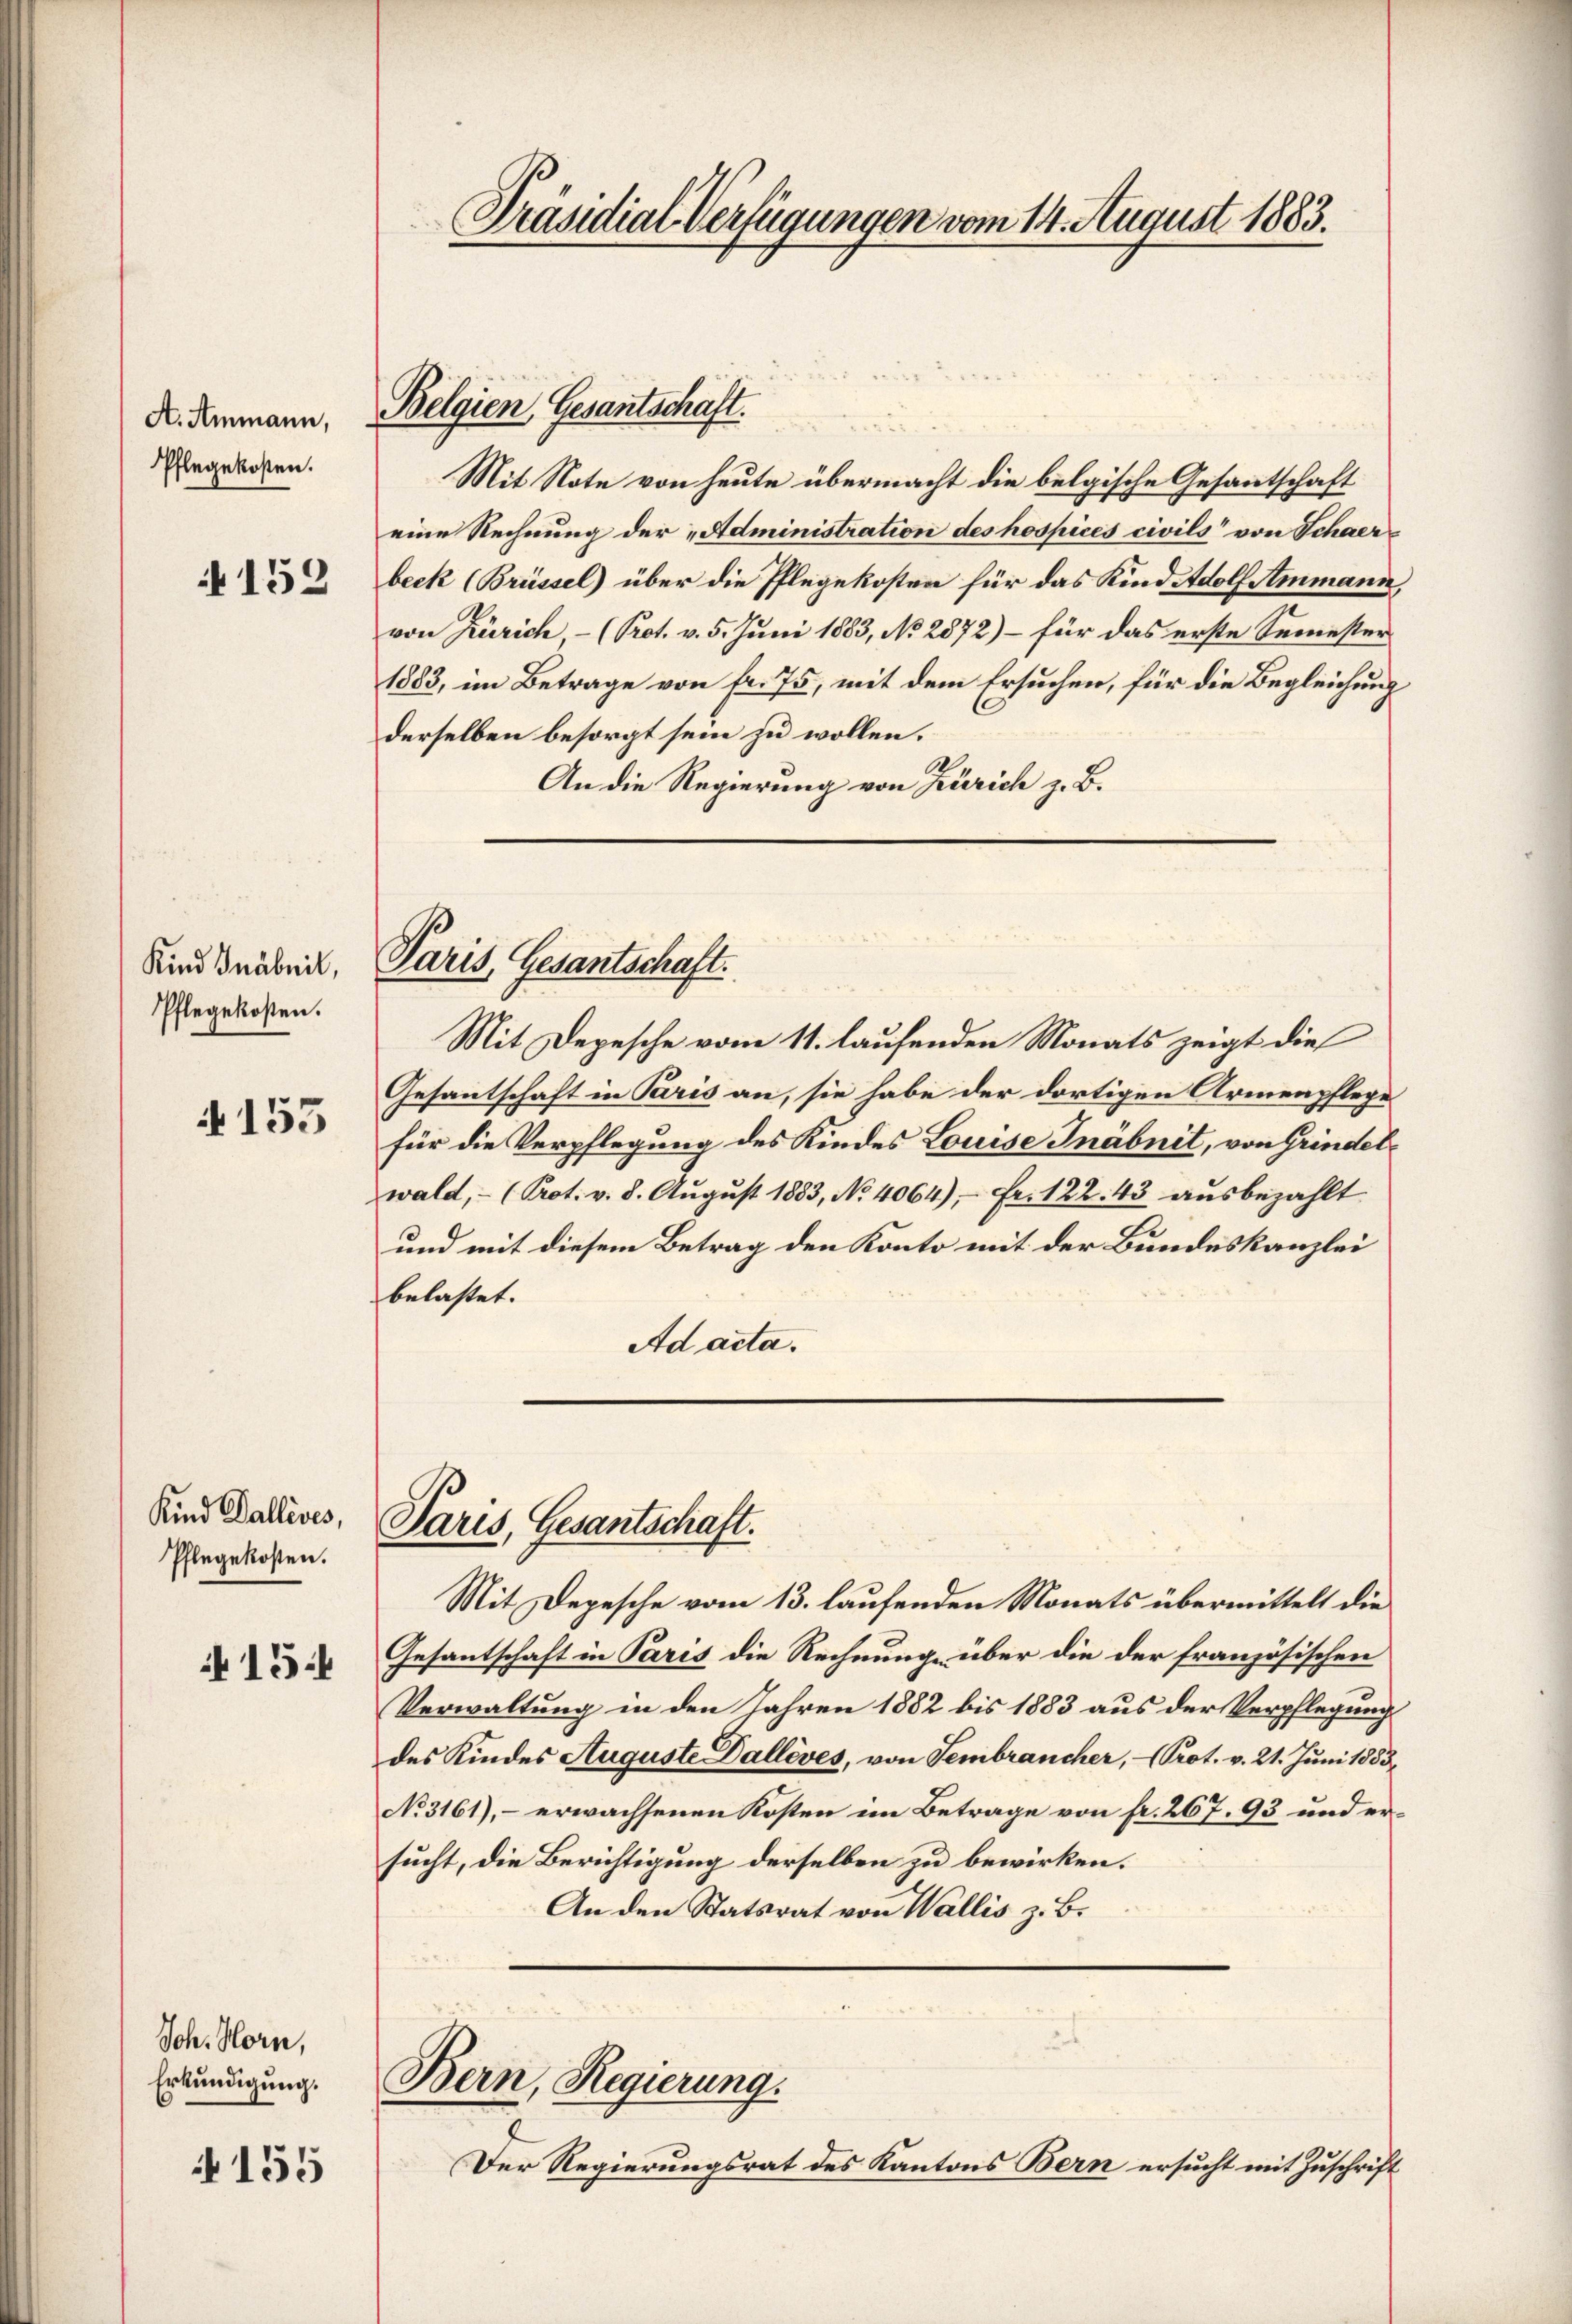
A. Ammann,
Pflegekosten.

152

Kind Gnäbeit,
Pflegekosten.

i 153

Kind Dallives,
Pflegekosten.
15.

Sch. Horn,
Erkundigung.

155

Mit Note von heute übermacht die belgische Gesantschaft
eine Rechnung der „Administration des hospices civils von Schaerbeck (Brüssel) über die Pflegekosten für das Kindetdolf Ammann,
von Zürich - (Prot. v. 5. Juni 1883, No 2872) – für das erste Semester
1883, im Betrage von fr. 75, mit dem Ersuchen, für die Begleichung
derselben besorgt sein zu wollen.
An die Regierung von Zürich z. B.

Belgien, Gesantschaft.

Paris Gesantschaft.

Paris, Gesantschaft.

Mit Depesche vom 11. laufenden Monats zeigt die
Gesantschaft in Paris an, sie habe der dortigen Armenpflege
für die Verpflegung des Kindes Louise Inäbnit, von Grindelwald, - (Prot. v. 8. August 1883, No 4064), Fr. 122. 43 ausbezahlt
und mit diesem Betrag den Konto mit der Bundeskanzlei
belastet.
Ad acta.

Bern, Regierung.

Präsidial-Verfügungen vom 14. August 1883.

Mit Depesche vom 13. laufenden Monats übermittelt die
Gesantschaft in Paris die Rechnung über die der französischen
Verwaltung in den Jahren 1882 bis 1883 aus der Verpflegung
des Kindes Auguste Dalléves, von Sembrancher, Prot. v. 21. Juni 1853,
No 3161), - erwachsenen Kosten im Betrage von fr. 267. 93 und ersucht, die Berichtigung derselben zu bewirken.
An den Statsrat von Wallis z. B.

Der Regierungsrat des Kantons Bern ersucht mit Zuschrift